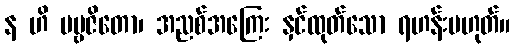
န ဟိ ပဗ္ဗဇိတော၊ အညစ်အကြေး နှင်ထုတ်သော ရဟန်းမဟုတ်။